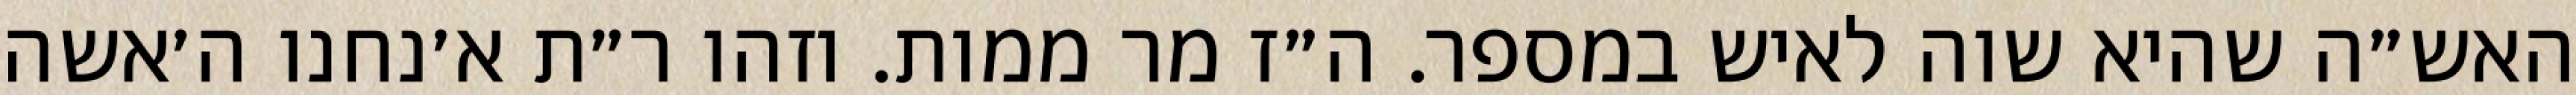
האש״ה שהיא שוה לאיש במספר. ה״ז מר ממות. וזהו ר״ת א׳נחנו ה׳אשה